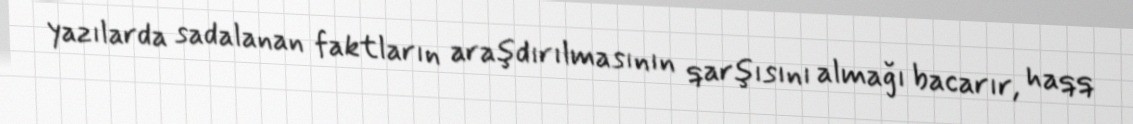
yazılarda sadalanan faktların araşdırılmasının qarşısını almağı bacarır, haqq